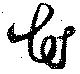
芲